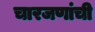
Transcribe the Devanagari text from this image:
चारजणांची